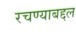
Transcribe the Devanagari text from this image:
रचण्याबद्दल